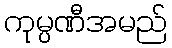
ကုမ္ပဏီအမည်